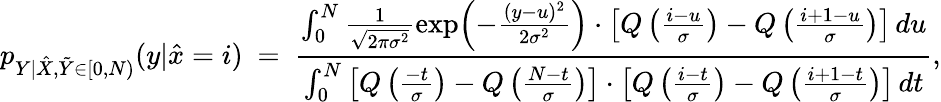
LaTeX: p_{Y|\hat{X},\tilde{Y}\in[0,N)}(y|\hat{x}=i)~=~\frac{\int_{0}^{N}\frac{1}{\sqrt{2\pi\sigma^{2}}}\exp\Bigl(-\frac{(y-u)^{2}}{2\sigma^{2}}\Bigr)\cdot\left[Q\left(\frac{i-u}{\sigma}\right)-Q\left(\frac{i+1-u}{\sigma}\right)\right]\, du}{\int_{0}^{N}\left[Q\left(\frac{-t}{\sigma}\right)-Q\left(\frac{N-t}{\sigma}\right)\right]\cdot\left[Q\left(\frac{i-t}{\sigma}\right)-Q\left(\frac{i+1-t}{\sigma}\right)\right]\, dt},